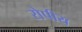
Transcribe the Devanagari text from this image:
रोपीय